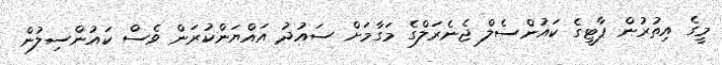
މީގެ އިތުރުން ޕާޓީގެ ކައުންސެލް ޖެނެރަލްގެ މަގާމަށް ސައުދު އައްޔަންކުރަން ވެސް ކައުންސިލުން